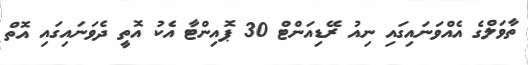
ތާވަލްގެ އެއްވަނައިގައި ނިއު ރޭޑިއަންޓް 30 ޕޮއިންޓާ އެކު އޮތީ ދެވަނައިގައި އޮތް